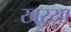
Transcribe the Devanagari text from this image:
खऱ्या